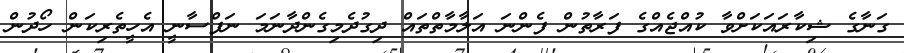
ގަނާގެ ޝިކާރައަކަށްވާ ކުއްޖެއްގެ ފަރާތުން ފެންނަ އަލާމާތްތައް ދިގުދެމިގެންދާނަމަ ނަފްސާނީ އެހީތެރިކަން ހޯދުން